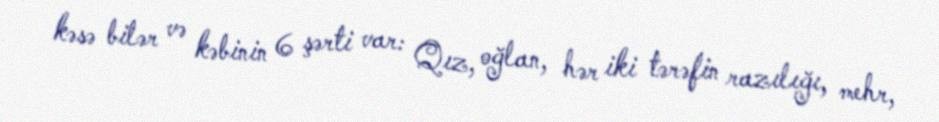
kəsə bilər və kəbinin 6 şərti var: Qız, oğlan, hər iki tərəfin razılığı, mehr,